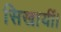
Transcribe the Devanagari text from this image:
सिखायीं।